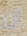
إن